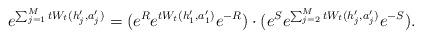
LaTeX: \begin{align*}e^{\sum_{j=1}^M tW_t(h_j',a_j')} &=(e^R e^{tW_t(h_1',a_1')} e^{-R})\cdot (e^S e^{\sum_{j=2}^M tW_t(h_j',a_j')}e^{-S}).\end{align*}